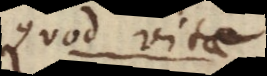
quod ipse